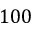
1 0 0